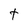
Character: t